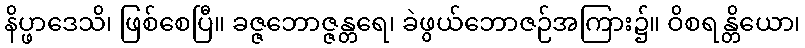
နိပ္ဖာဒေသိ၊ ဖြစ်စေပြီ။ ခဇ္ဇဘောဇ္ဇန္တရေ၊ ခဲဖွယ်ဘောဇဉ်အကြား၌။ ဝိစရန္တိယော၊